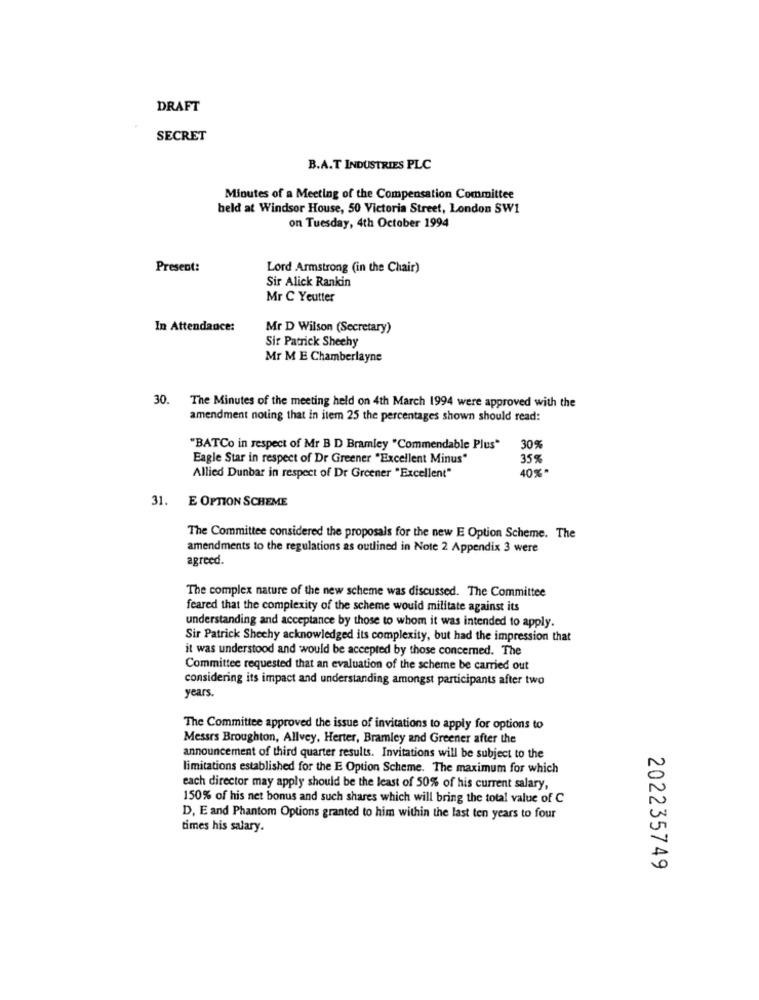
DRAFT
SECRET
B.A.T INDUSTRIES PLC
Minutes of a Meeting of the Compensation Committee
held at Windsor House, 50 Victoria Street, London SW1
on Tuesday, 4th October 1994
Present:
Lord Armstrong (in the Chair)
Sir Alick Rankin
Mr C Yeutter
In Attendance:
Mr D Wilson (Secretary)
Sir Patrick Sheehy
Mr M E Chamberlayne
30. The Minutes of the meeting held on 4th March 1994 were approved with the
amendment noting that in item 25 the percentages shown should read:
"BATCo in respect of Mr B D Bramley "Commendable Plus"
30%
Eagle Star in respect of Dr Greener "Excellent Minus"
35%
40%*
Allied Dunbar in respect of Dr Greener "Excellent"
31. E OPTION SCHEME
The Committee considered the proposals for the new E Option Scheme. The
amendments to the regulations as outlined in Note 2 Appendix 3 were
agreed.
The complex nature of the new scheme was discussed. The Committee
feared that the complexity of the scheme would militate against its
understanding and acceptance by those to whom it was intended to apply.
Sir Patrick Shechy acknowledged its complexity, but had the impression that
it was understood and would be accepted by those concerned. The
Committee requested that an evaluation of the scheme be carried out
considering its impact and understanding amongst participants after two
years.
The Committee approved the issue of invitations to apply for options to
Messrs Broughton, Allvey, Herter, Bramley and Greener after the
announcement of third quarter results. Invitations will be subject to the
limitations established for the E Option Scheme. The maximum for which
each director may apply should be the least of 50% of his current salary,
150% of his net bonus and such shares which will bring the total value of C
D, E and Phantom Options granted to him within the last ten years to four
times his salary.
202235749